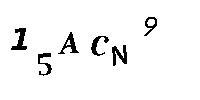
15ACN9